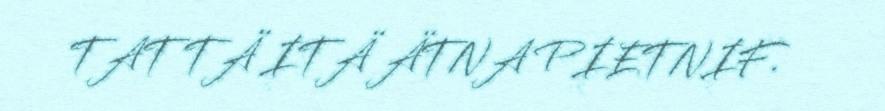
TAT TÄ ITÄ ÄTNA PIETNIF.